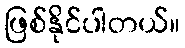
ဖြစ်နိုင်ပါတယ်။